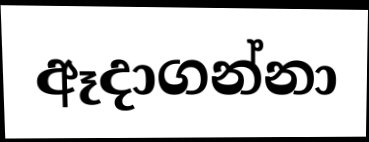
ඈදාගන්නා